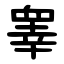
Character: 睾